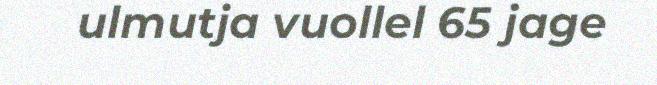
ulmutja vuollel 65 jage